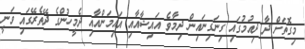
މިގޮތަށް ދާ ދިއުމުގައި ގިނަގިނައިން ދިމާވެ އައިޝާއާއި އައިމަންއާއި ދެމީހުންގެ ދޭތެރޭގައި ވަނީ